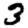
Digit: 3